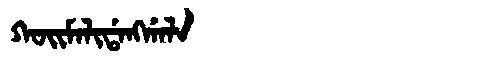
Manchu: ᡴᠣᡳᠮᠠᠯᡳᡩᠠᠩᡤᠠᠯᠠ
Romanization: KOIMALIDANGGALA